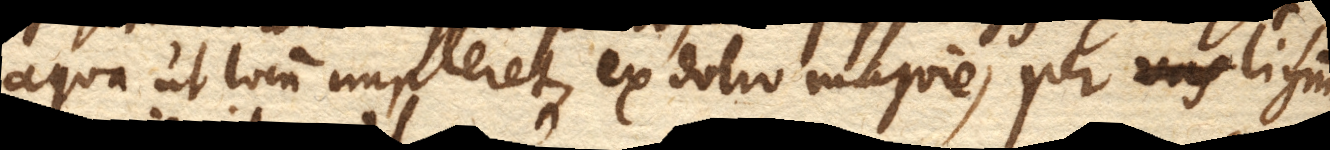
aqua ut locum impleret, ex dolio majore, per lignum